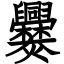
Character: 爨